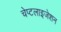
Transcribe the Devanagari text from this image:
चेप्टलाइजेशन